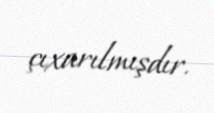
çıxarılmışdır.